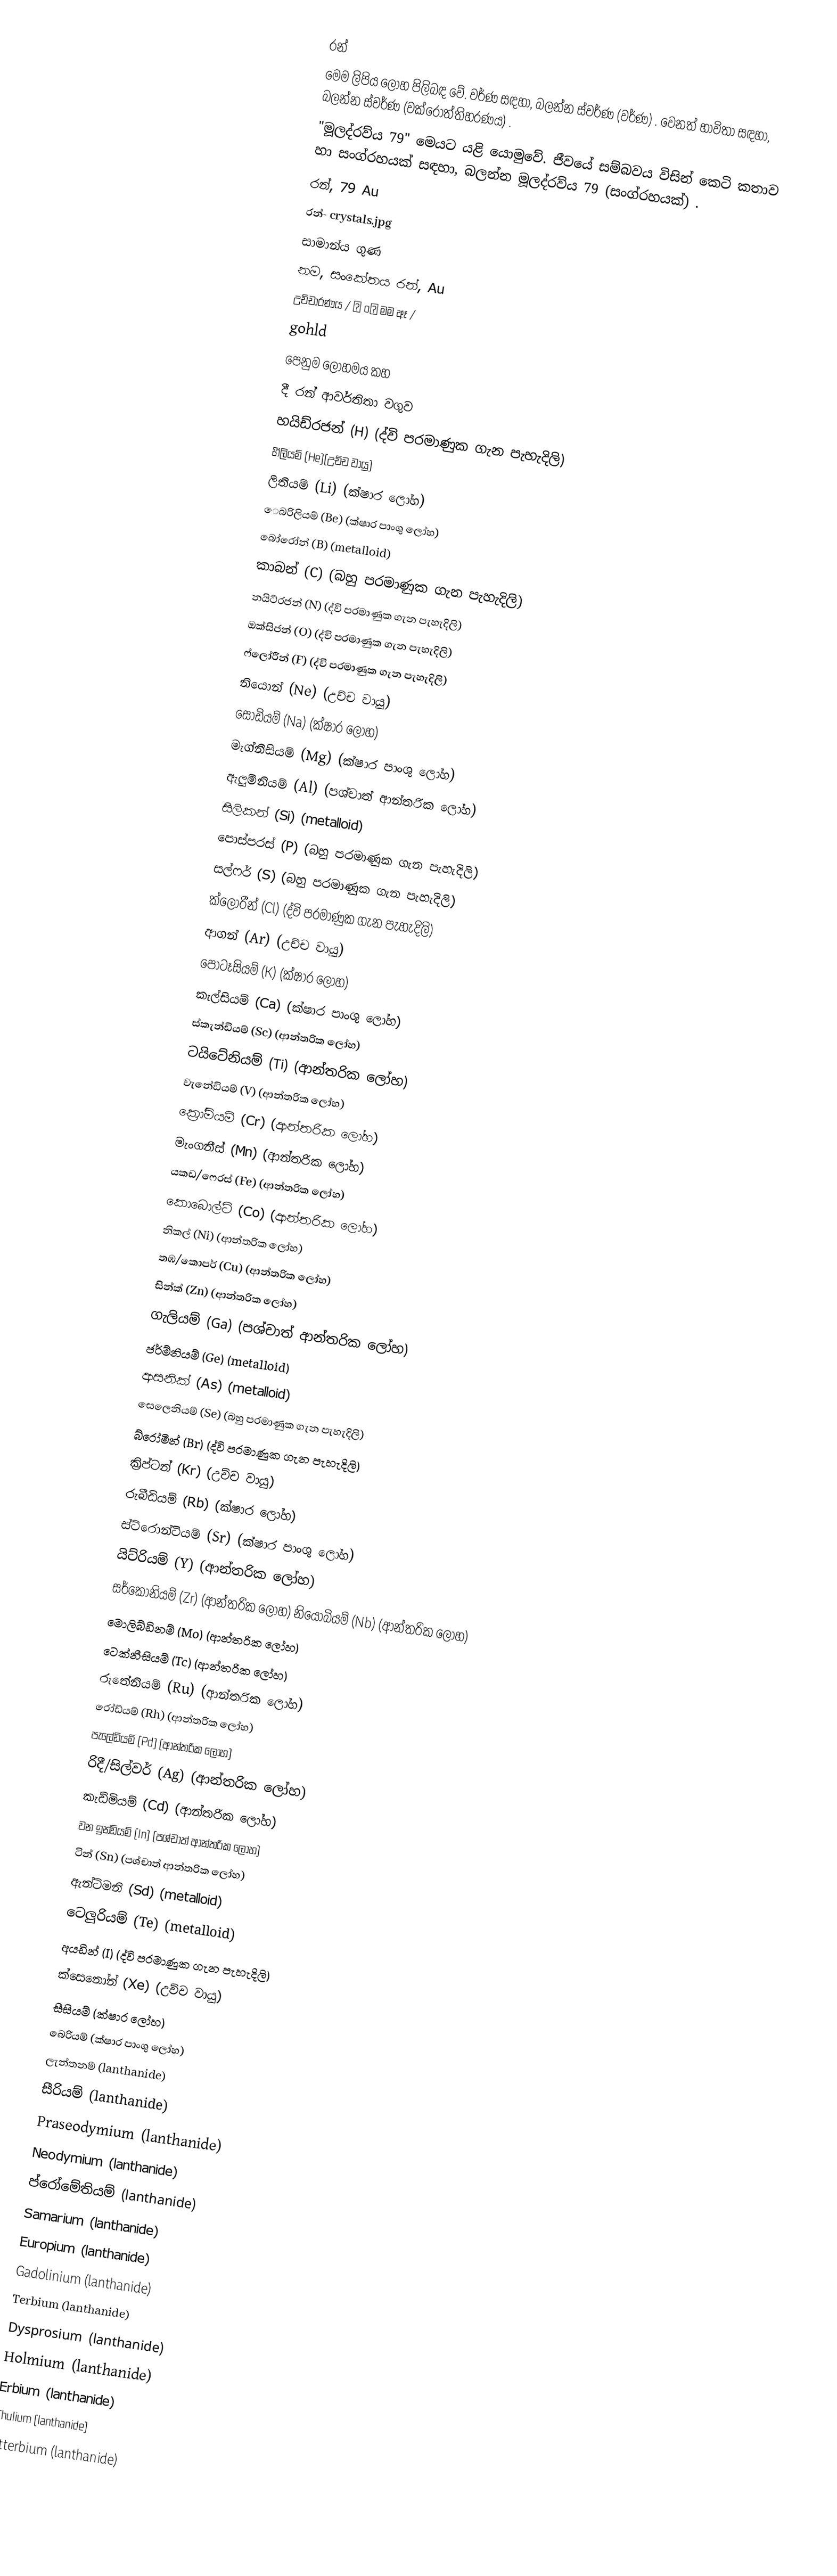
රන්
මෙම ලිපිය ලෝහ පිලිබඳ වේ. වර්ණ සඳහා, බලන්න ස්වර්ණ (වර්ණ) . වෙනත් භාවිතා සඳහා, බලන්න ස්වර්ණ (වක්රෝත්තිහරණය) .
"මූලද්රව්ය 79" මෙයට යළි යොමුවේ. ජීවයේ සම්බවය විසින් කෙටි කතාව හා සංග්රහයක් සඳහා, බලන්න මූලද්රව්ය 79 (සංග්රහයක්) .
රන්, 79 Au
රන්- crystals.jpg
සාමාන්ය ගුණ
නම, සංකේතය	රන්, Au
උච්චාරණය	/ Ɡ oʊ මම ඈ /
gohld
පෙනුම	ලෝහමය කහ
දී රන් ආවර්තිතා වගුව
හයිඩ්රජන් (H) (ද්වි පරමාණුක ගැන පැහැදිලි)
හීලියම් (He)(උච්ච වායු)
ලිතියම් (Li) (ක්ෂාර ලෝහ)
ෙබරිලියම් (Be) (ක්ෂාර පාංශු ලෝහ)
බෝරෝන් (B) (metalloid)
කාබන් (C) (බහු පරමාණුක ගැන පැහැදිලි)
නයිට්රජන් (N) (ද්වි පරමාණුක ගැන පැහැදිලි)
ඔක්සිජන් (O) (ද්වි පරමාණුක ගැන පැහැදිලි)
ෆ්ලෝරීන් (F) (ද්වි පරමාණුක ගැන පැහැදිලි)
නියොන් (Ne) (උච්ච වායු)
සෝඩියම් (Na) (ක්ෂාර ලෝහ)
මැග්නීසියම් (Mg) (ක්ෂාර පාංශු ලෝහ)
ඇලුමිනියම් (Al) (පශ්චාත් ආන්තරික ලෝහ)
සිලිකන් (Si) (metalloid)
පොස්පරස් (P) (බහු පරමාණුක ගැන පැහැදිලි)
සල්ෆර් (S) (බහු පරමාණුක ගැන පැහැදිලි)
ක්ලෝරීන් (Cl) (ද්වි පරමාණුක ගැන පැහැදිලි)
ආගන් (Ar) (උච්ච වායු)
පොටෑසියම් (K) (ක්ෂාර ලෝහ)
කැල්සියම් (Ca) (ක්ෂාර පාංශු ලෝහ)
ස්කැන්ඩියම් (Sc) (ආන්තරික ලෝහ)
ටයිටේනියම් (Ti) (ආන්තරික ලෝහ)
වැනේඩියම් (V) (ආන්තරික ලෝහ)
ක්‍රෝමියම් (Cr) (ආන්තරික ලෝහ)
මැංගනීස් (Mn) (ආන්තරික ලෝහ)
යකඩ/ෆෙරස් (Fe) (ආන්තරික ලෝහ)
කොබොල්ට් (Co) (ආන්තරික ලෝහ)
නිකල් (Ni) (ආන්තරික ලෝහ)
තඹ/කොපර් (Cu) (ආන්තරික ලෝහ)
සින්ක් (Zn) (ආන්තරික ලෝහ)
ගැලියම් (Ga) (පශ්චාත් ආන්තරික ලෝහ)
ජර්ම්නියම් (Ge) (metalloid)
ආසනික් (As) (metalloid)
සෙලෙනියම් (Se) (බහු පරමාණුක ගැන පැහැදිලි)
බ්රෝමීන් (Br) (ද්වි පරමාණුක ගැන පැහැදිලි)
ක්‍රිප්ටන් (Kr) (උච්ච වායු)
රුබීඩියම් (Rb) (ක්ෂාර ලෝහ)
ස්ට්රොන්ටියම් (Sr) (ක්ෂාර පාංශු ලෝහ)
යිට්රියම් (Y) (ආන්තරික ලෝහ)
සර්කෝනියම් (Zr) (ආන්තරික ලෝහ) නියෝබියම් (Nb) (ආන්තරික ලෝහ)
මොලිබ්ඩිනම් (Mo) (ආන්තරික ලෝහ)
ටෙක්නීසියම් (Tc) (ආන්තරික ලෝහ)
රුතේනියම් (Ru) (ආන්තරික ලෝහ)
රෝඩ්යම් (Rh) (ආන්තරික ලෝහ)
පැලේඩියම් (Pd) (ආන්තරික ලෝහ)
රිදී/සිල්වර් (Ag) (ආන්තරික ලෝහ)
කැඩ්මියම් (Cd) (ආන්තරික ලෝහ)
වන ඉන්ඩියම් (In) (පශ්චාත් ආන්තරික ලෝහ)
ටින් (Sn) (පශ්චාත් ආන්තරික ලෝහ)
ඇන්ටිමනි (Sd) (metalloid)
ටෙලුරියම් (Te) (metalloid)
අයඩින් (I) (ද්වි පරමාණුක ගැන පැහැදිලි)
ක්සෙනෝන් (Xe) (උච්ච වායු)
සීසියම් (ක්ෂාර ලෝහ)
බෙරියම් (ක්ෂාර පාංශු ලෝහ)
ලැන්තනම් (lanthanide)
සීරියම් (lanthanide)
Praseodymium (lanthanide)
Neodymium (lanthanide)
ප්රෝමේතියම් (lanthanide)
Samarium (lanthanide)
Europium (lanthanide)
Gadolinium (lanthanide)
Terbium (lanthanide)
Dysprosium (lanthanide)
Holmium (lanthanide)
Erbium (lanthanide)
Thulium (lanthanide)
Ytterbium (lanthanide)
L